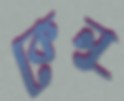
কেনু